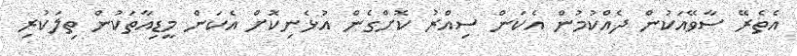
އެތެރޭ ސާވޭއަކުން ދެއްކުމުން އެކަން ސިއްރު ކޮށްގެން އުޅެނިކޮށް އެކަން މީޑިއާތަކުން ތިލަކުރި